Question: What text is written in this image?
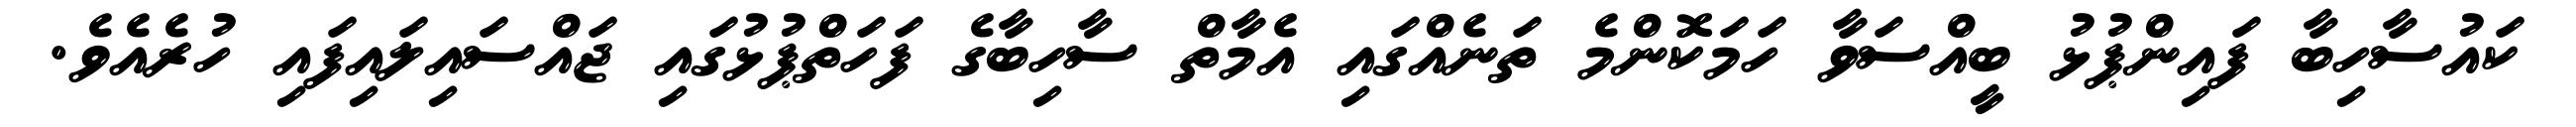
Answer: ކައުސާހިބާ ފައިންޕުޅު ބީއްސަވާ ހަމަކޮންމެ ތަނެއްގައި އެމާތް ސާހިބާގެ ފަހަތްޕުޅުގައި ޖައްސައިލައިފައި ހުރެއެވެ.